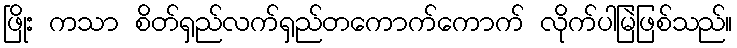
ဖြိုး ကသာ စိတ်ရှည်လက်ရှည်တကောက်ကောက် လိုက်ပါမြဲဖြစ်သည်။